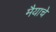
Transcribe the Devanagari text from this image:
मैयाचे